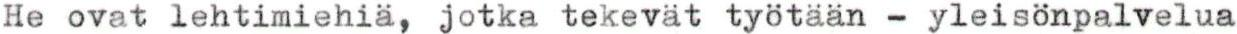
He ovat lehtimiehiä, jotka tekevät työtään - yleisönpalvelua